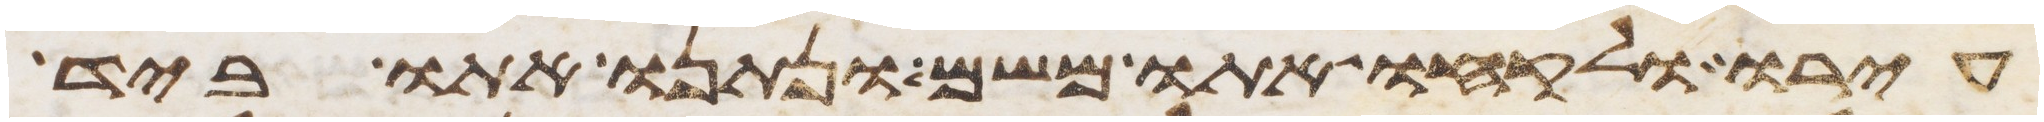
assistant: עירו ולקחו אתו משם ונתנו אתו ביד